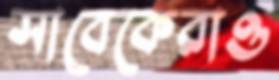
সাবেকেরাও